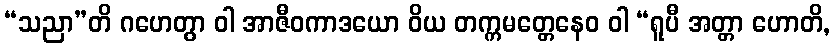
“သညာ”တိ ဂဟေတွာ ဝါ အာဇီဝကာဒယော ဝိယ တက္ကမတ္တေနေဝ ဝါ “ရူပီ အတ္တာ ဟောတိ,